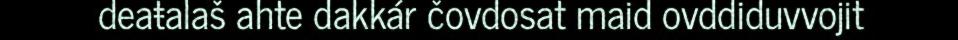
deaŧalaš ahte dakkár čovdosat maid ovddiduvvojit